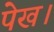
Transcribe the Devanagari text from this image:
पेख।